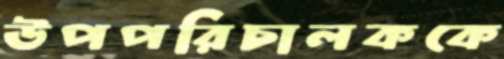
উপপরিচালককে